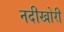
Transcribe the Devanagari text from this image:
नदीखोरी